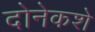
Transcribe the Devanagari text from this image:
दोनेकशे